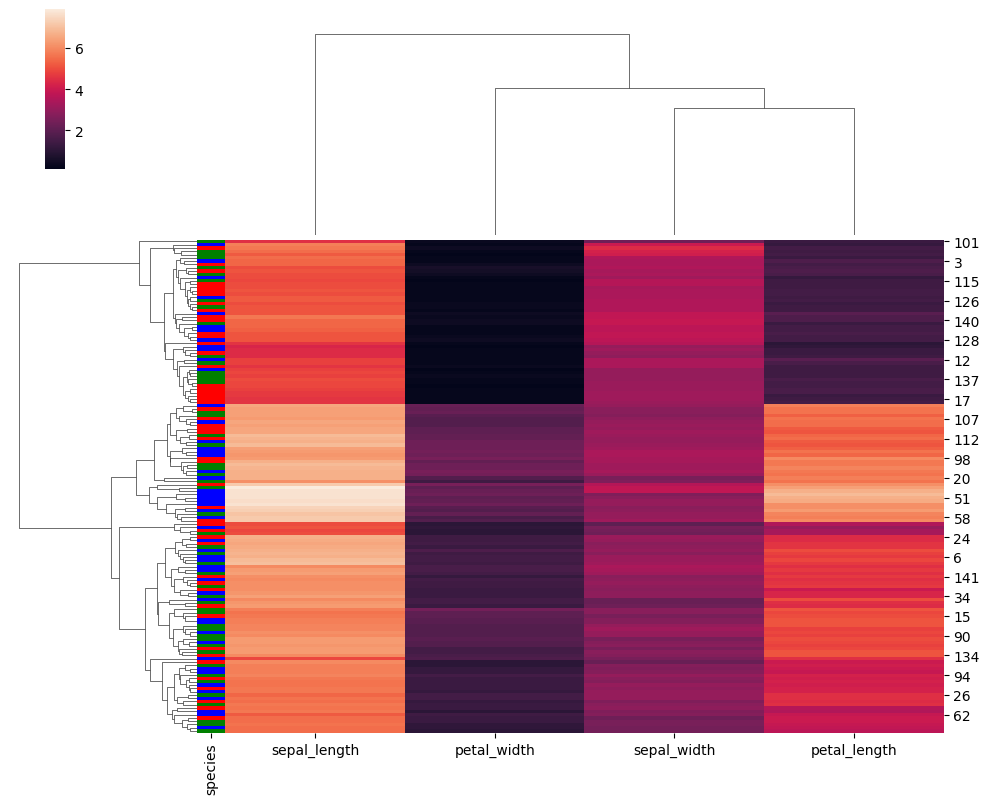
python, seaborn, clustermap, figsize=(10, 8), row_cluster=True, dendrogram_ratio=(0.2, 0.3), cbar_pos=(0.05, 0.8, 0.02, 0.2)